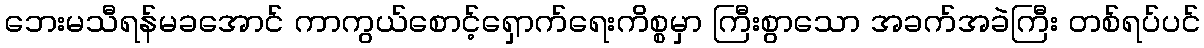
ဘေးမသီရန်မခအောင် ကာကွယ်စောင့်ရှောက်ရေးကိစ္စမှာ ကြီးစွာသော အခက်အခဲကြီး တစ်ရပ်ပင်